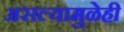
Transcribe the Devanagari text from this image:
असल्यामुळेही